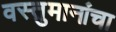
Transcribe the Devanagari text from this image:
वस्तुमानांचा